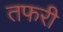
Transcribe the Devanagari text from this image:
तफरी